Vaccination in Bombay 1889-1901 - 1889-1901
Year: 1889
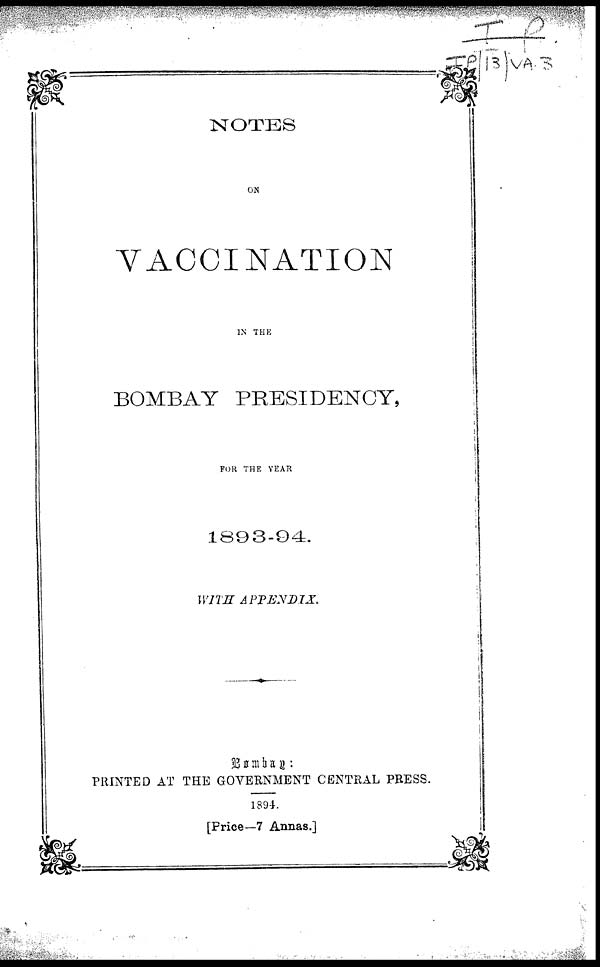
NOTES
ON
VACCINATION
IN THE
BOMBAY PRESIDENCY,
FOR THE YEAR
1893-94.
WITH APPENDIX.
Bombay :
PRINTED AT THE GOVERNMENT CENTRAL PRESS.
1894.
[Price—7 Annas.]